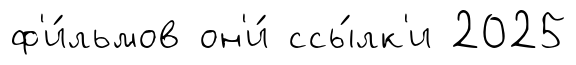
ф'и́льмов он'и́ ссы́лк'и 2025